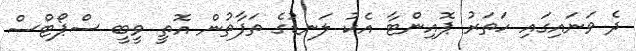
ދެ ވަނައިގައި ހަތަރު ޕޮއިންޓާ އެކު ލަނޑުގެ ތަފާތުން އޮތީ ވީބީ ސްޕޯޓްސް